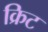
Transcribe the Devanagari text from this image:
क्रिट